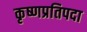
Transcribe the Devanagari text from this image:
कृष्णप्रतिपदा